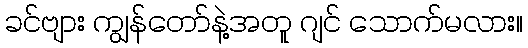
ခင်ဗျား ကျွန်တော်နဲ့အတူ ဂျင် သောက်မလား။